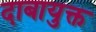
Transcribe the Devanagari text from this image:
दाबायुक्त